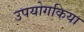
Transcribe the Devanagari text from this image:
उपयोगकिया